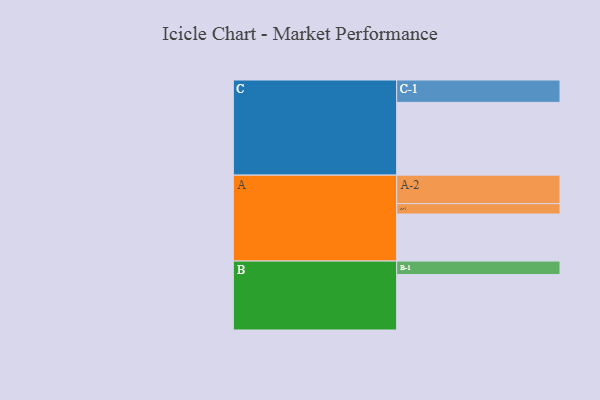
{"axis": {"x": "Segment", "y": "Value"}, "legend": ["", "A", "B", "C"], "data": [{"x": "A", "y": 307, "type": ""}, {"x": "B", "y": 362, "type": ""}, {"x": "C", "y": 475, "type": ""}, {"x": "A-1", "y": 68, "type": "A"}, {"x": "A-2", "y": 186, "type": "A"}, {"x": "B-1", "y": 88, "type": "B"}, {"x": "C-1", "y": 146, "type": "C"}]}